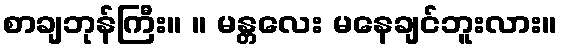
စာချဘုန်ကြီး။ ။ မန္တလေး မနေချင်ဘူးလား။